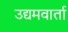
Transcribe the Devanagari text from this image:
उद्यमवार्ता